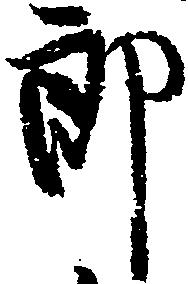
郎